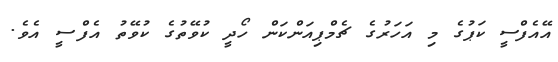
އޭއެފްސީ ކަޕުގެ މި އަހަރުގެ ޗެމްޕިއަންކަން ހޯދީ ކުވޭތުގެ ކުވޭތު އެފްސީ އެވެ.